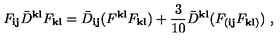
F _ { { \mathbf i } { \mathbf j } } { \bar { D } } ^ { { \mathbf k } { \mathbf l } } F _ { { \mathbf k } { \mathbf l } } = { \bar { D } } _ { { \mathbf i } { \mathbf j } } ( F ^ { { \mathbf k } { \mathbf l } } F _ { { \mathbf k } { \mathbf l } } ) + \frac { 3 } { 1 0 } { \bar { D } } ^ { { \mathbf k } { \mathbf l } } ( F _ { ( { \mathbf i } { \mathbf j } } F _ { { \mathbf k } { \mathbf l } ) } ) \ ,